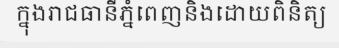
ក្នុងរាជធានីភ្នំពេញនិងដោយពិនិត្យ